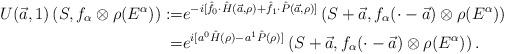
LaTeX: \begin{align*}U(\vec{a},1)\left(S, f_\alpha \otimes \rho(E^\alpha)\right) :=& e^{-i[\hat{f}_0\cdot\hat{H}(\vec{a}, \rho) + \hat{f}_1\cdot \hat{P}(\vec{a},\rho)]}\left(S+\vec{a}, f_\alpha(\cdot - \vec{a}) \otimes \rho(E^\alpha)\right) \\=& e^{i[a^0 \hat{H}(\rho) - a^1\hat{P}(\rho)]}\left(S+\vec{a}, f_\alpha(\cdot - \vec{a}) \otimes \rho(E^\alpha)\right).\end{align*}